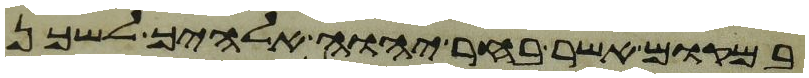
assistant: במקום אשר בחר יהוה אלהיך לשכן